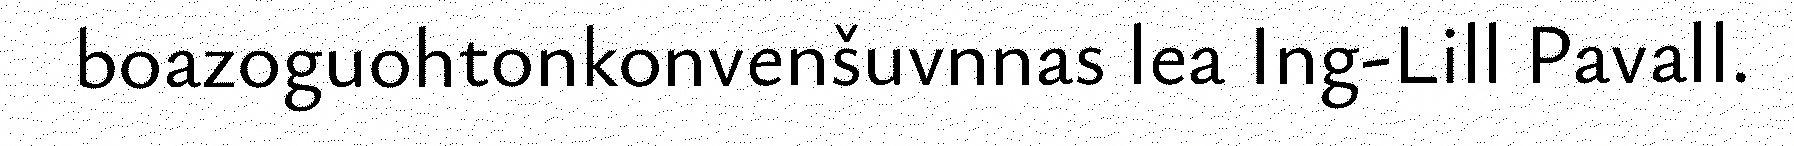
boazoguohtonkonvenšuvnnas lea Ing-Lill Pavall.